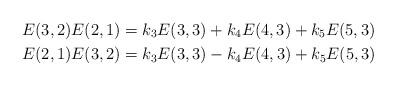
LaTeX: \begin{align*}E(3,2)E(2,1) & =k_{3}E(3,3)+k_{4}E(4,3)+k_{5}E(5,3)\\E(2,1)E(3,2) & =k_{3}E(3,3)-k_{4}E(4,3)+k_{5}E(5,3)\end{align*}